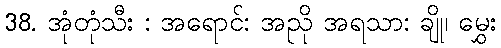
38. အုံတုံသီး : အရောင်: အညို အရသာ: ချို၊ မွှေး